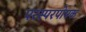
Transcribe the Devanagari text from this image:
परस्परपोषक